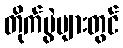
တိုက်ပွဲများတွင်